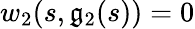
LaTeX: w_{2}(s,\mathfrak{g}_{2}(s))=0